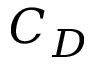
C _ { D }